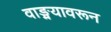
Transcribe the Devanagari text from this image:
वाङ्मयावरून